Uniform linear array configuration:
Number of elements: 16
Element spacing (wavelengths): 1
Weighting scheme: uniform
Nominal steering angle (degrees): -30
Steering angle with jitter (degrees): -29.299
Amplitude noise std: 0.05
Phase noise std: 0.05

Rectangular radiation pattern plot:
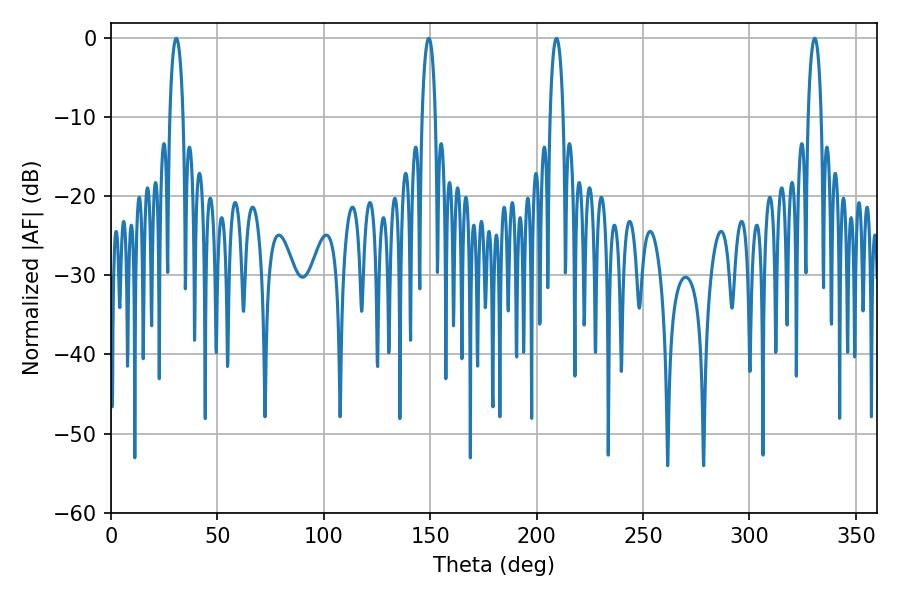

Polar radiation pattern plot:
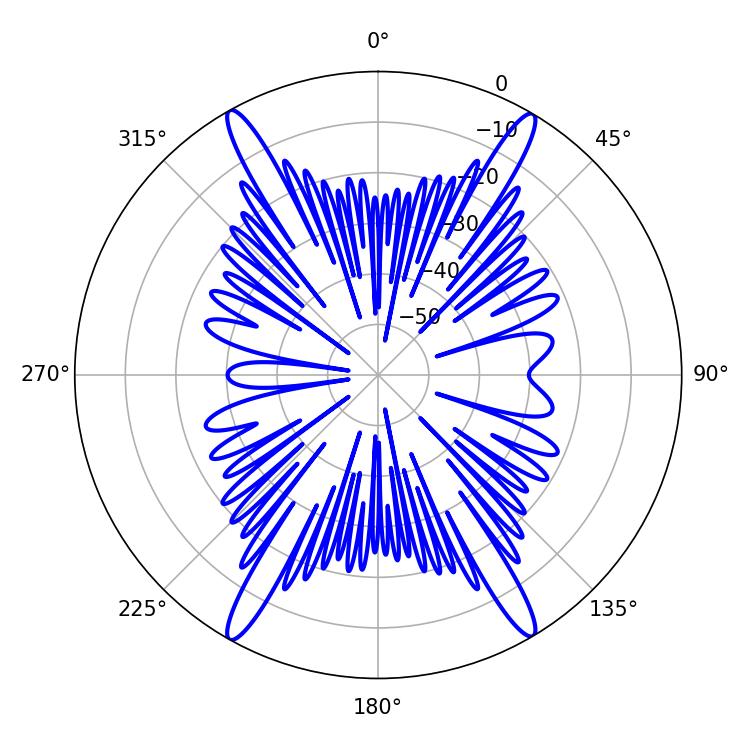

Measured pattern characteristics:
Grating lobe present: TRUE
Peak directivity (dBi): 26.293
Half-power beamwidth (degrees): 3.6
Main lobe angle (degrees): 330.66